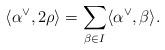
LaTeX: \begin{align*}\langle \alpha^\vee, 2\rho\rangle = \sum_{\beta\in I}\langle\alpha^\vee, \beta\rangle.\end{align*}